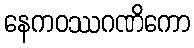
နေကဝဿဂဏိကော